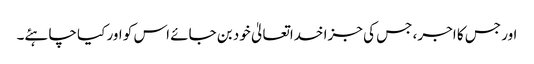
اور جس کا اجر، جس کی جزا خداتعالیٰ خود بن جائے اس کو اور کیا چاہئے۔